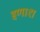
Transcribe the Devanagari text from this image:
इणाश